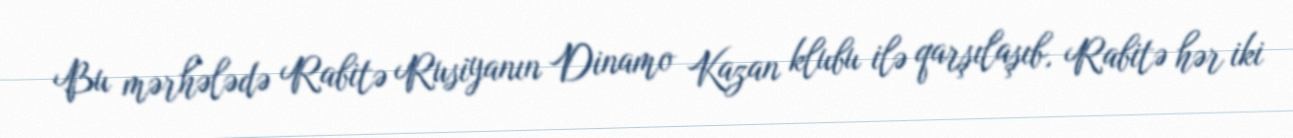
Bu mərhələdə Rabitə Rusiyanın Dinamo Kazan klubu ilə qarşılaşıb, Rabitə hər iki